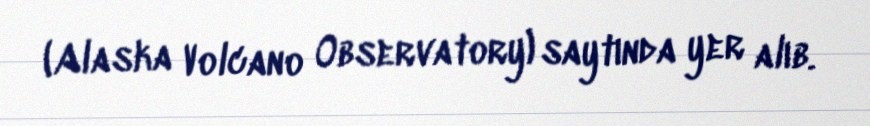
(Alaska Volcano Observatory) saytında yer alıb.